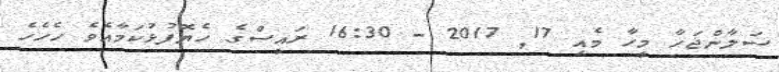
ސަލާންޖަހާ މީހާ މެއި 17